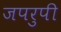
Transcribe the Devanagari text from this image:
जपरुपी